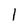
Character: l